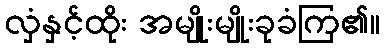
လှံနှင့်ထိုး အမျိုးမျိုးခုခံကြ၏။